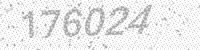
Solution: 176024